system: You are a helpful assistant.
user:
Analyze the provided spectrum to determine if it is a **White Dwarf (WD)**.

A White Dwarf spectrum is defined by its **extreme purity** (due to gravitational settling) and/or **extreme pressure broadening** (due to high surface gravity). You must check for one of the following mutually exclusive signatures:

- **Key Visual Indicators (Check for ONE of these types):**

    - **1. DA-Type Signature (Most Common):**
        - **(Primary Feature):** Extreme pressure broadening (Stark broadening) of the **Hydrogen (H) Balmer lines**.
        - **(Key Lines):** $H\beta$ (approx. $4861$ Å) and $H\gamma$ (approx. $4340$ Å). $H\alpha$ (approx. $6563$ Å) will also be present if the wavelength range covers it.
        - **(Line Profile):** This is the **defining feature**. The lines are **NOT** sharp. They appear as massive, **extremely broad and deep "troughs" or "dips"** in the spectrum, often hundreds of Ångströms wide. The continuum will appear to "scoop" down at these wavelengths.
        - **(Distinction):** Normal A-type or B-type stars have *narrow* and *sharp* Hydrogen lines. A DA White Dwarf's lines are unmistakably "smeared" or "blurry" from pressure.

    - **2. DB-Type Signature:**
        - **(Primary Feature):** Broad absorption lines from **Neutral Helium (He I)**. The spectrum must lack any visible Hydrogen lines.
        - **(Key Lines):** Look for broad absorption near $4471$ Å, $4921$ Å, and $5876$ Å.
        - **(Line Profile):** These lines are also significantly pressure-broadened, appearing much wider than they would in a normal B-type main-sequence star.

    - **3. DC-Type Signature:**
        - **(Primary Feature):** A **featureless continuous spectrum**.
        - **(Line Profile):** The spectrum is a smooth curve with **no significant absorption or emission lines**.
        - **(Key Confirmation):** The continuum is almost always **blue or white**, indicating a hot object. This signature implies the atmosphere is so pure (or so cool) that no spectral lines are visible in the optical range. Its WD identity is confirmed by its extremely low intrinsic brightness (high absolute magnitude).

    - **4. DZ-Type Signature (Metal-Polluted):**
        - **(Primary Feature):** **Isolated, narrow metal absorption lines** on an otherwise featureless (DC-like) continuum.
        - **(Key Lines):** The **Calcium (Ca II) H & K doublet** (approx. **$3934$ Å** and **$3968$ Å**) is the most common and defining feature.
        - **(Line Profile):** These lines are "out of place." They are *not* part of a "forest" of thousands of lines. This signature is evidence of recent *accretion* (pollution) from rocky debris.
        - **(Distinction):** Normal G/K/M stars have a *dense forest* of thousands of metal lines. A DZ has a *clean* continuum with *only a few* strong metal lines.

    - **5. DQ-Type Signature (Carbon-Polluted):**
        - **(Primary Feature):** Absorption bands from **Carbon (C₂ "Swan Bands" or atomic C I)**.
        - **(Key Lines - C₂):** Look for bandheads with a "saw-tooth" shape near $5635$ Å, **$5165$ Å** (strongest), and $4737$ Å.
        - **(Key Confirmation):** The underlying **continuum must be blue or white** (hot).
        - **(Distinction):** This is the critical difference from a **Carbon Star**, which has the *exact same* C₂ bands but on an extremely **red, cool** continuum.

- **(Overall Spectrum):**
    - The continuum (overall shape) is typically **blue-sloping** (brighter in the blue than the red), as most white dwarfs are very hot.
    - The spectrum will look "pure" or "simple," dominated by only *one* of the five signatures listed above.

Think first, call **spectral_visualization_tool** if needed to examine features in detail, then provide your final answer. Your response must adhere to the following strict rules:
1.  **Overall Structure:** Your response must follow the format `<think>...</think> <tool_call>...</tool_call> (if a tool is used) <answer>...</answer>`.
2.  **Tool Usage Constraint:** You may only make **one** tool call per turn.
3.  **Final Answer Format:** In the `<answer>` tag, your conclusion must be inside a `\boxed{}` command (e.g., `\boxed{YES}` or `\boxed{NO}`), followed by your justification.

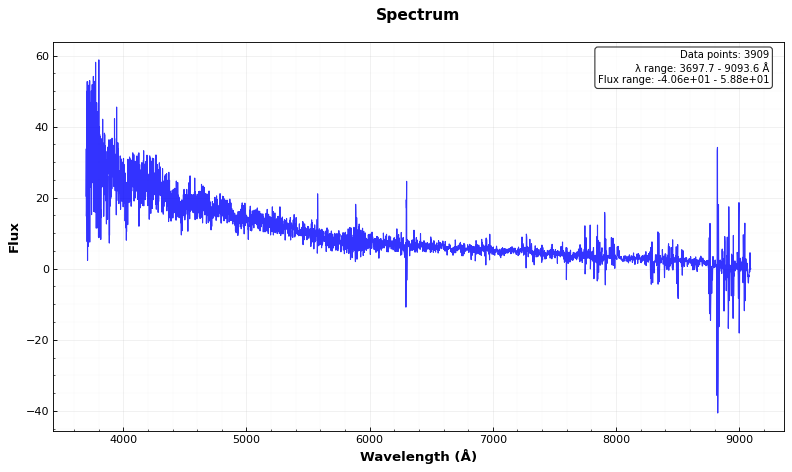
Answer: YES